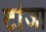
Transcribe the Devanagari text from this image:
टांजा